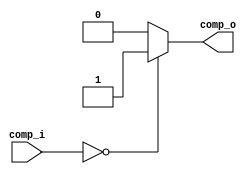
module comparator(
input [3:0] comp_i,
output comp_o
);
assign comp_o = (comp_i == 4'h0) ? 1'b1 : 1'b0;
endmodule